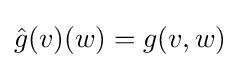
{\hat {g}}(v)(w)=g(v,w)